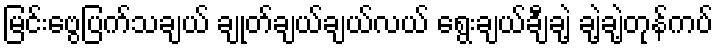
မြင်းဗွေပြက်သချယ် ချုတ်ချယ်ချယ်လယ် ရွေးချယ်ချီချဲ့ ချဲ့ချဲ့တုန်ကပ်